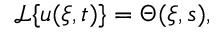
\begin{array} { r } { \mathcal { L } \{ u ( \xi , t ) \} = \Theta ( \xi , s ) , } \end{array}